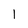
Character: 1